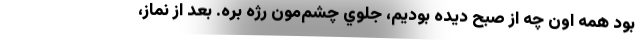
بود همه اون چه از صبح ديده بوديم، جلوي چشم‌مون رژه بره. بعد از نماز،